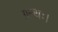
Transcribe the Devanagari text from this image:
ग्रन्थः।